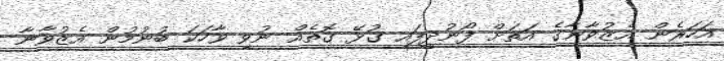
އަހަރެން އެޒުވާނާގެ އަތަށް ފޯނުދީފައި ގުޅޭ ގޮތެއް ނުވި ވާހަކަ ބުނުމުން އެޒުވާނާ